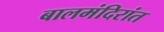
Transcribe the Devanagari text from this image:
बालमंदिरांत